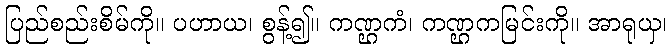
ပြည်စည်းစိမ်ကို။ ပဟာယ၊ စွန့်၍။ ကဏ္ဌကံ၊ ကဏ္ဌကမြင်းကို။ အာရုယှ၊